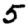
Digit: 5